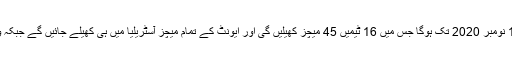
ٹی ٹوئنٹی ورلڈ کپ کا انعقاد 18 اکتوبر سے 15 نومبر 2020 تک ہوگا جس میں 16 ٹیمیں 45 میچز کھیلیں گی اور ایونٹ کے تمام میچز آسٹریلیا میں ہی کھیلے جائیں گے جبکہ ویسٹ انڈیز کی ٹیم اپنے ٹائٹل کا دفاع کرے گی۔